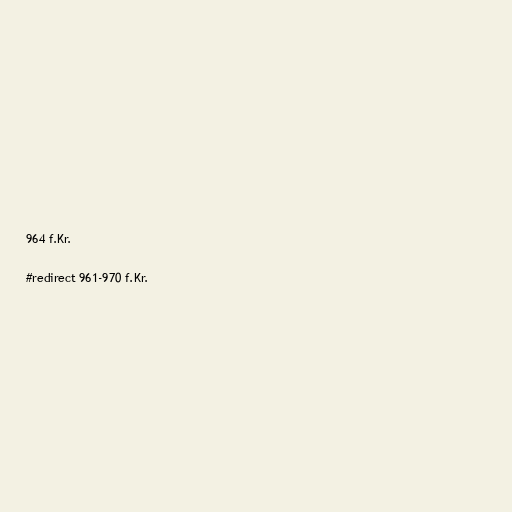
964 f.Kr.

#redirect 961-970 f.Kr.